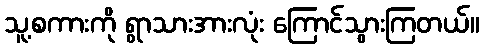
သူ့စကားကို ရွာသားအားလုံး ကြောင်သွားကြတယ်။